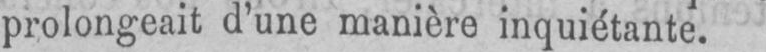
prolongeait d’une manière inquiétante.